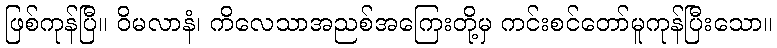
ဖြစ်ကုန်ပြီ။ ဝိမလာနံ၊ ကိလေသာအညစ်အကြေးတို့မှ ကင်းစင်တော်မူကုန်ပြီးသော။